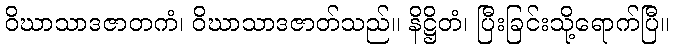
ဝိဃာသာဒဇာတကံ၊ ဝိဃာသာဒဇာတ်သည်။ နိဋ္ဌိတံ၊ ပြီးခြင်းသို့ရောက်ပြီ။